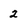
Character: 2